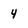
Character: 4